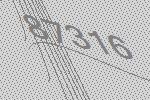
87316